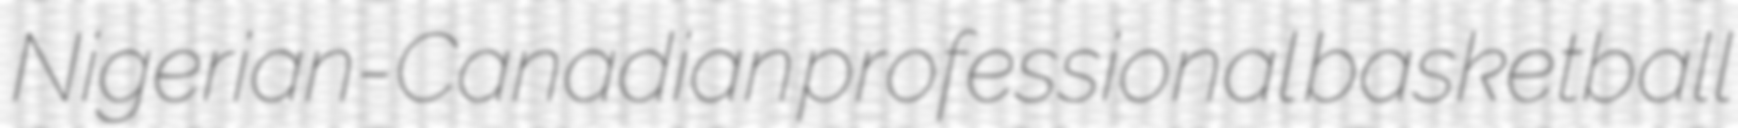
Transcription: Nigerian-Canadian professional basketball